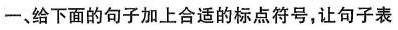
一、给下面的句子加上合适的标点符号，让句子表